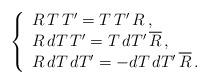
LaTeX: \begin{align*}\left\{ \begin{array}{l}R\,T\,T'=T\,T'\,R\,, \\R\,dT\,T'=T\,dT'\,\overline{R}\,, \\R\,dT\,dT'=-dT\,dT'\,\overline{R}\,.\end{array} \right.\end{align*}